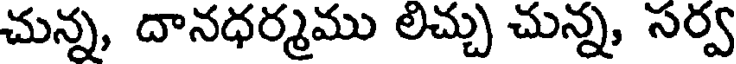
చున్న, దానధర్మము లిచ్చు చున్న, సర్వ